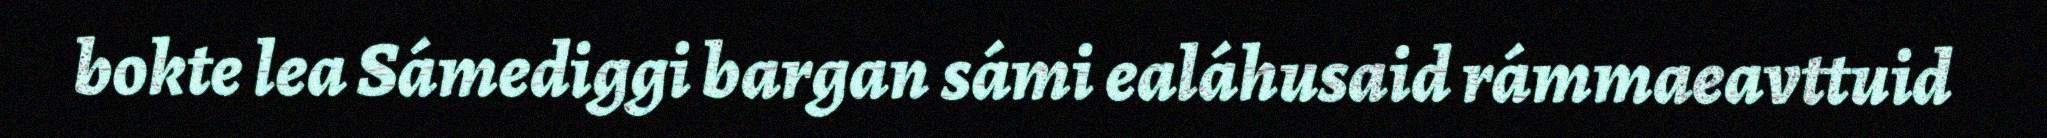
bokte lea Sámediggi bargan sámi ealáhusaid rámmaeavttuid